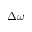
\Delta \omega